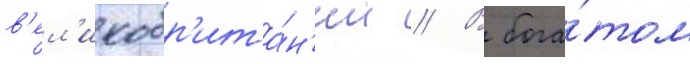
в'ел'икобр'ита́н'ии // В бога́том